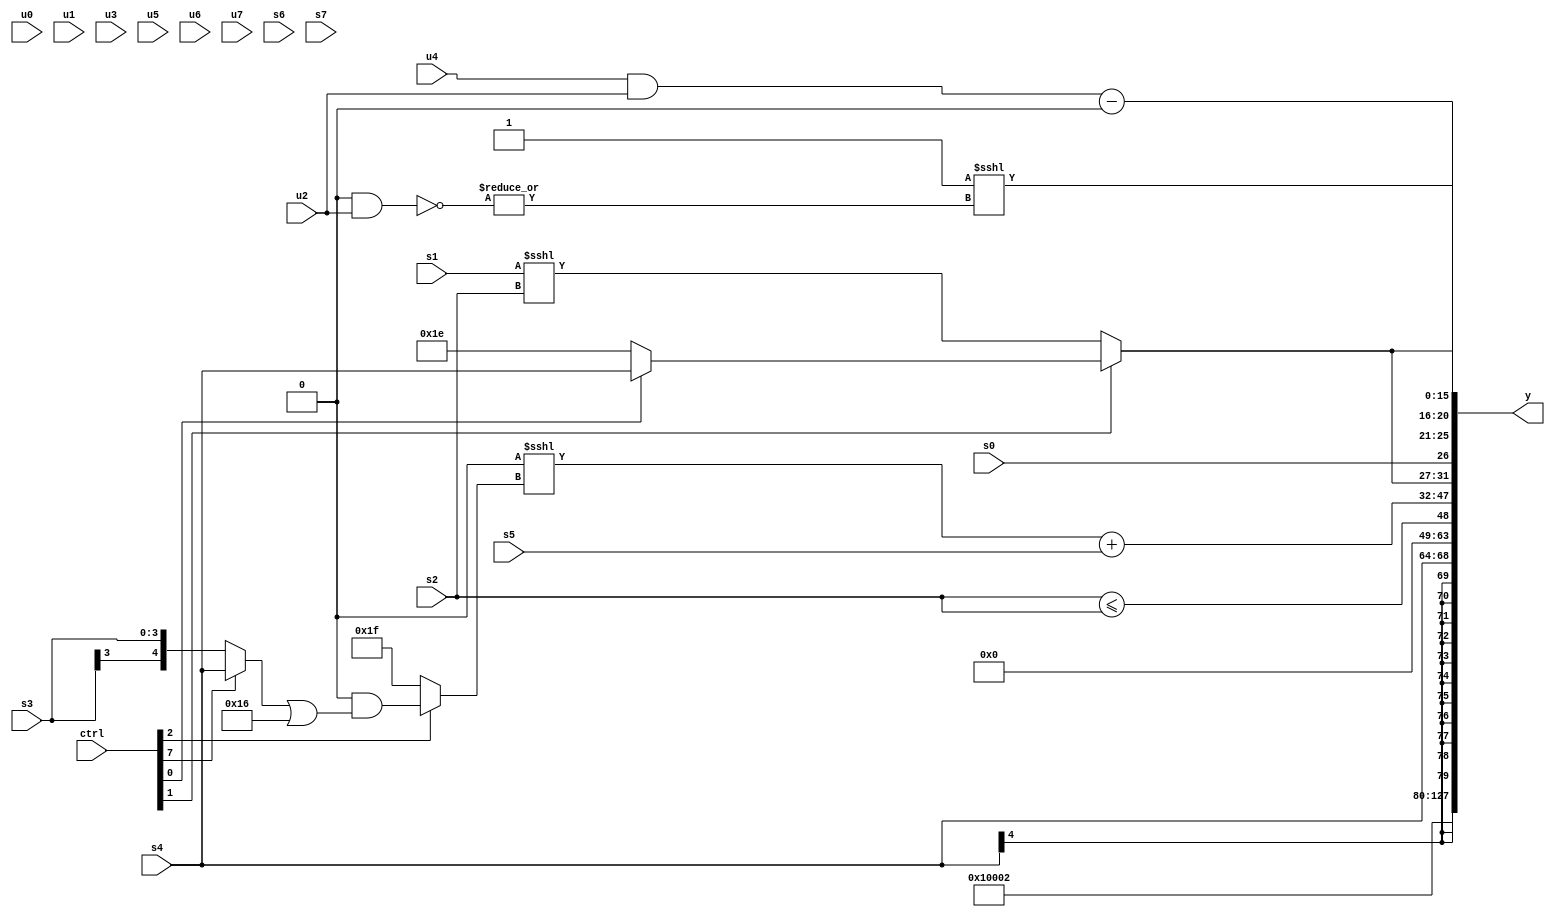
module wideexpr_00401(ctrl, u0, u1, u2, u3, u4, u5, u6, u7, s0, s1, s2, s3, s4, s5, s6, s7, y);
  input [7:0] ctrl;
  input [0:0] u0;
  input [1:0] u1;
  input [2:0] u2;
  input [3:0] u3;
  input [4:0] u4;
  input [5:0] u5;
  input [6:0] u6;
  input [7:0] u7;
  input signed [0:0] s0;
  input signed [1:0] s1;
  input signed [2:0] s2;
  input signed [3:0] s3;
  input signed [4:0] s4;
  input signed [5:0] s5;
  input signed [6:0] s6;
  input signed [7:0] s7;
  output [127:0] y;
  wire [15:0] y0;
  wire [15:0] y1;
  wire [15:0] y2;
  wire [15:0] y3;
  wire [15:0] y4;
  wire [15:0] y5;
  wire [15:0] y6;
  wire [15:0] y7;
  assign y = {y0,y1,y2,y3,y4,y5,y6,y7};
  assign y0 = $signed(+($signed(2'sb00)));
  assign y1 = 2'sb01;
  assign y2 = 3'sb010;
  assign y3 = s4;
  assign y4 = ((s2)<<(+(($signed(s0))>>(6'sb101100))))<=($signed(s2));
  assign y5 = (((ctrl[5]?$signed(-((4'sb0100)>>(6'b100010))):1'sb0))<<<((ctrl[2]?((1'sb0)<<($signed(6'sb110011)))&(((ctrl[7]?s4:s3))|(5'sb10110)):2'sb11)))+(s5);
  assign y6 = $signed({2{{s0,((u4)&(u2))-((u2)>>>(5'sb11101)),(ctrl[1]?(ctrl[0]?s4:2'sb10):(s1)<<<(s2))}}});
  assign y7 = (~&({4{$signed(-(1'sb0))}}))<<<(-($signed(|(~($signed((2'b00)&(u2)))))));
endmodule